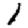
Digit: 1